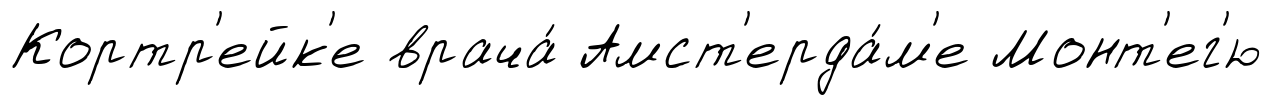
Кортр'ейк'е врача́ Амст'ерда́м'е Монт'ег'ю